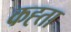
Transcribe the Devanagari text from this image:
कह्ता